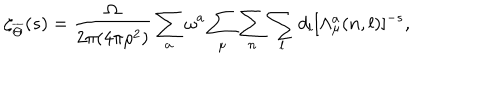
\zeta _ { \overline { { { \Theta } } } } ( s ) = { \frac { \Omega } { 2 \pi ( 4 \pi \rho ^ { 2 } ) } } \sum _ { a } \omega ^ { a } \sum _ { \mu } \sum _ { n } \sum _ { l } d _ { l } [ \Lambda _ { \mu } ^ { a } ( n , l ) ] ^ { - s } ,